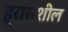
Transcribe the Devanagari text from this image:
ह्रासशील